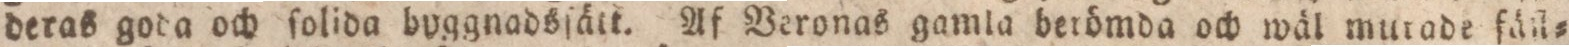
deras goda och ſolida byggnadsſätt. Af Veronas gamla berömda och wäl murade fäſl=